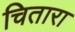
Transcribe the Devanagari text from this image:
चितारा